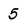
Character: 5